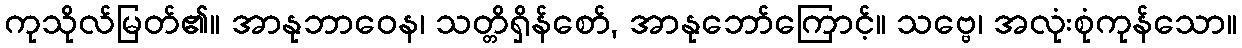
ကုသိုလ်မြတ်၏။ အာနုဘာဝေန၊ သတ္တိရှိန်စော်, အာနုဘော်ကြောင့်။ သဗ္ဗေ၊ အလုံးစုံကုန်သော။